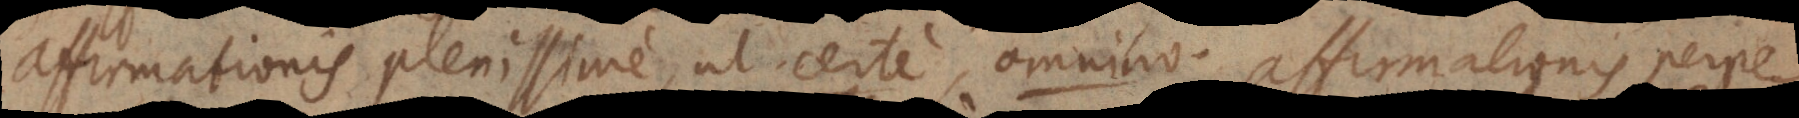
affirmationis [plenissimae], ut certe, omnino, affirmationis perpe